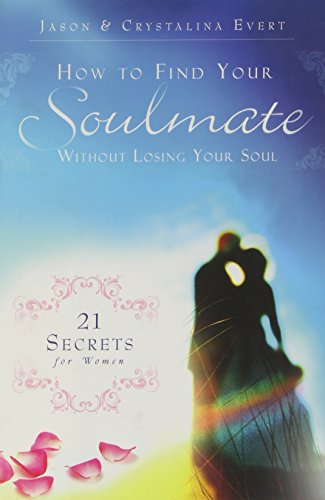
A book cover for How to Find Your Soulmate Without Losing Your Soul; Jason Evert; Christian Books & Bibles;